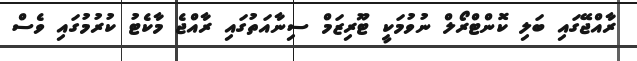
ރާއްޖޭގައި ބަލި ކޮންޓްރޯލް ނުވުމަކީ ޓޫރިޒަމް ސިނާއަތުގައި ރާއްޖެ މާކެޓު ކުރުމުގައި ވެސް